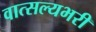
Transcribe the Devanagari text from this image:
वात्सल्यभरी